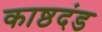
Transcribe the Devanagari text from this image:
काष्ठदंड